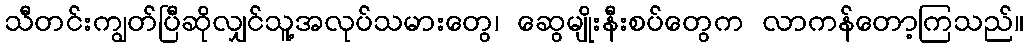
သီတင်းကျွတ်ပြီဆိုလျှင်သူ့အလုပ်သမားတွေ၊ ဆွေမျိုးနီးစပ်တွေက လာကန်တော့ကြသည်။